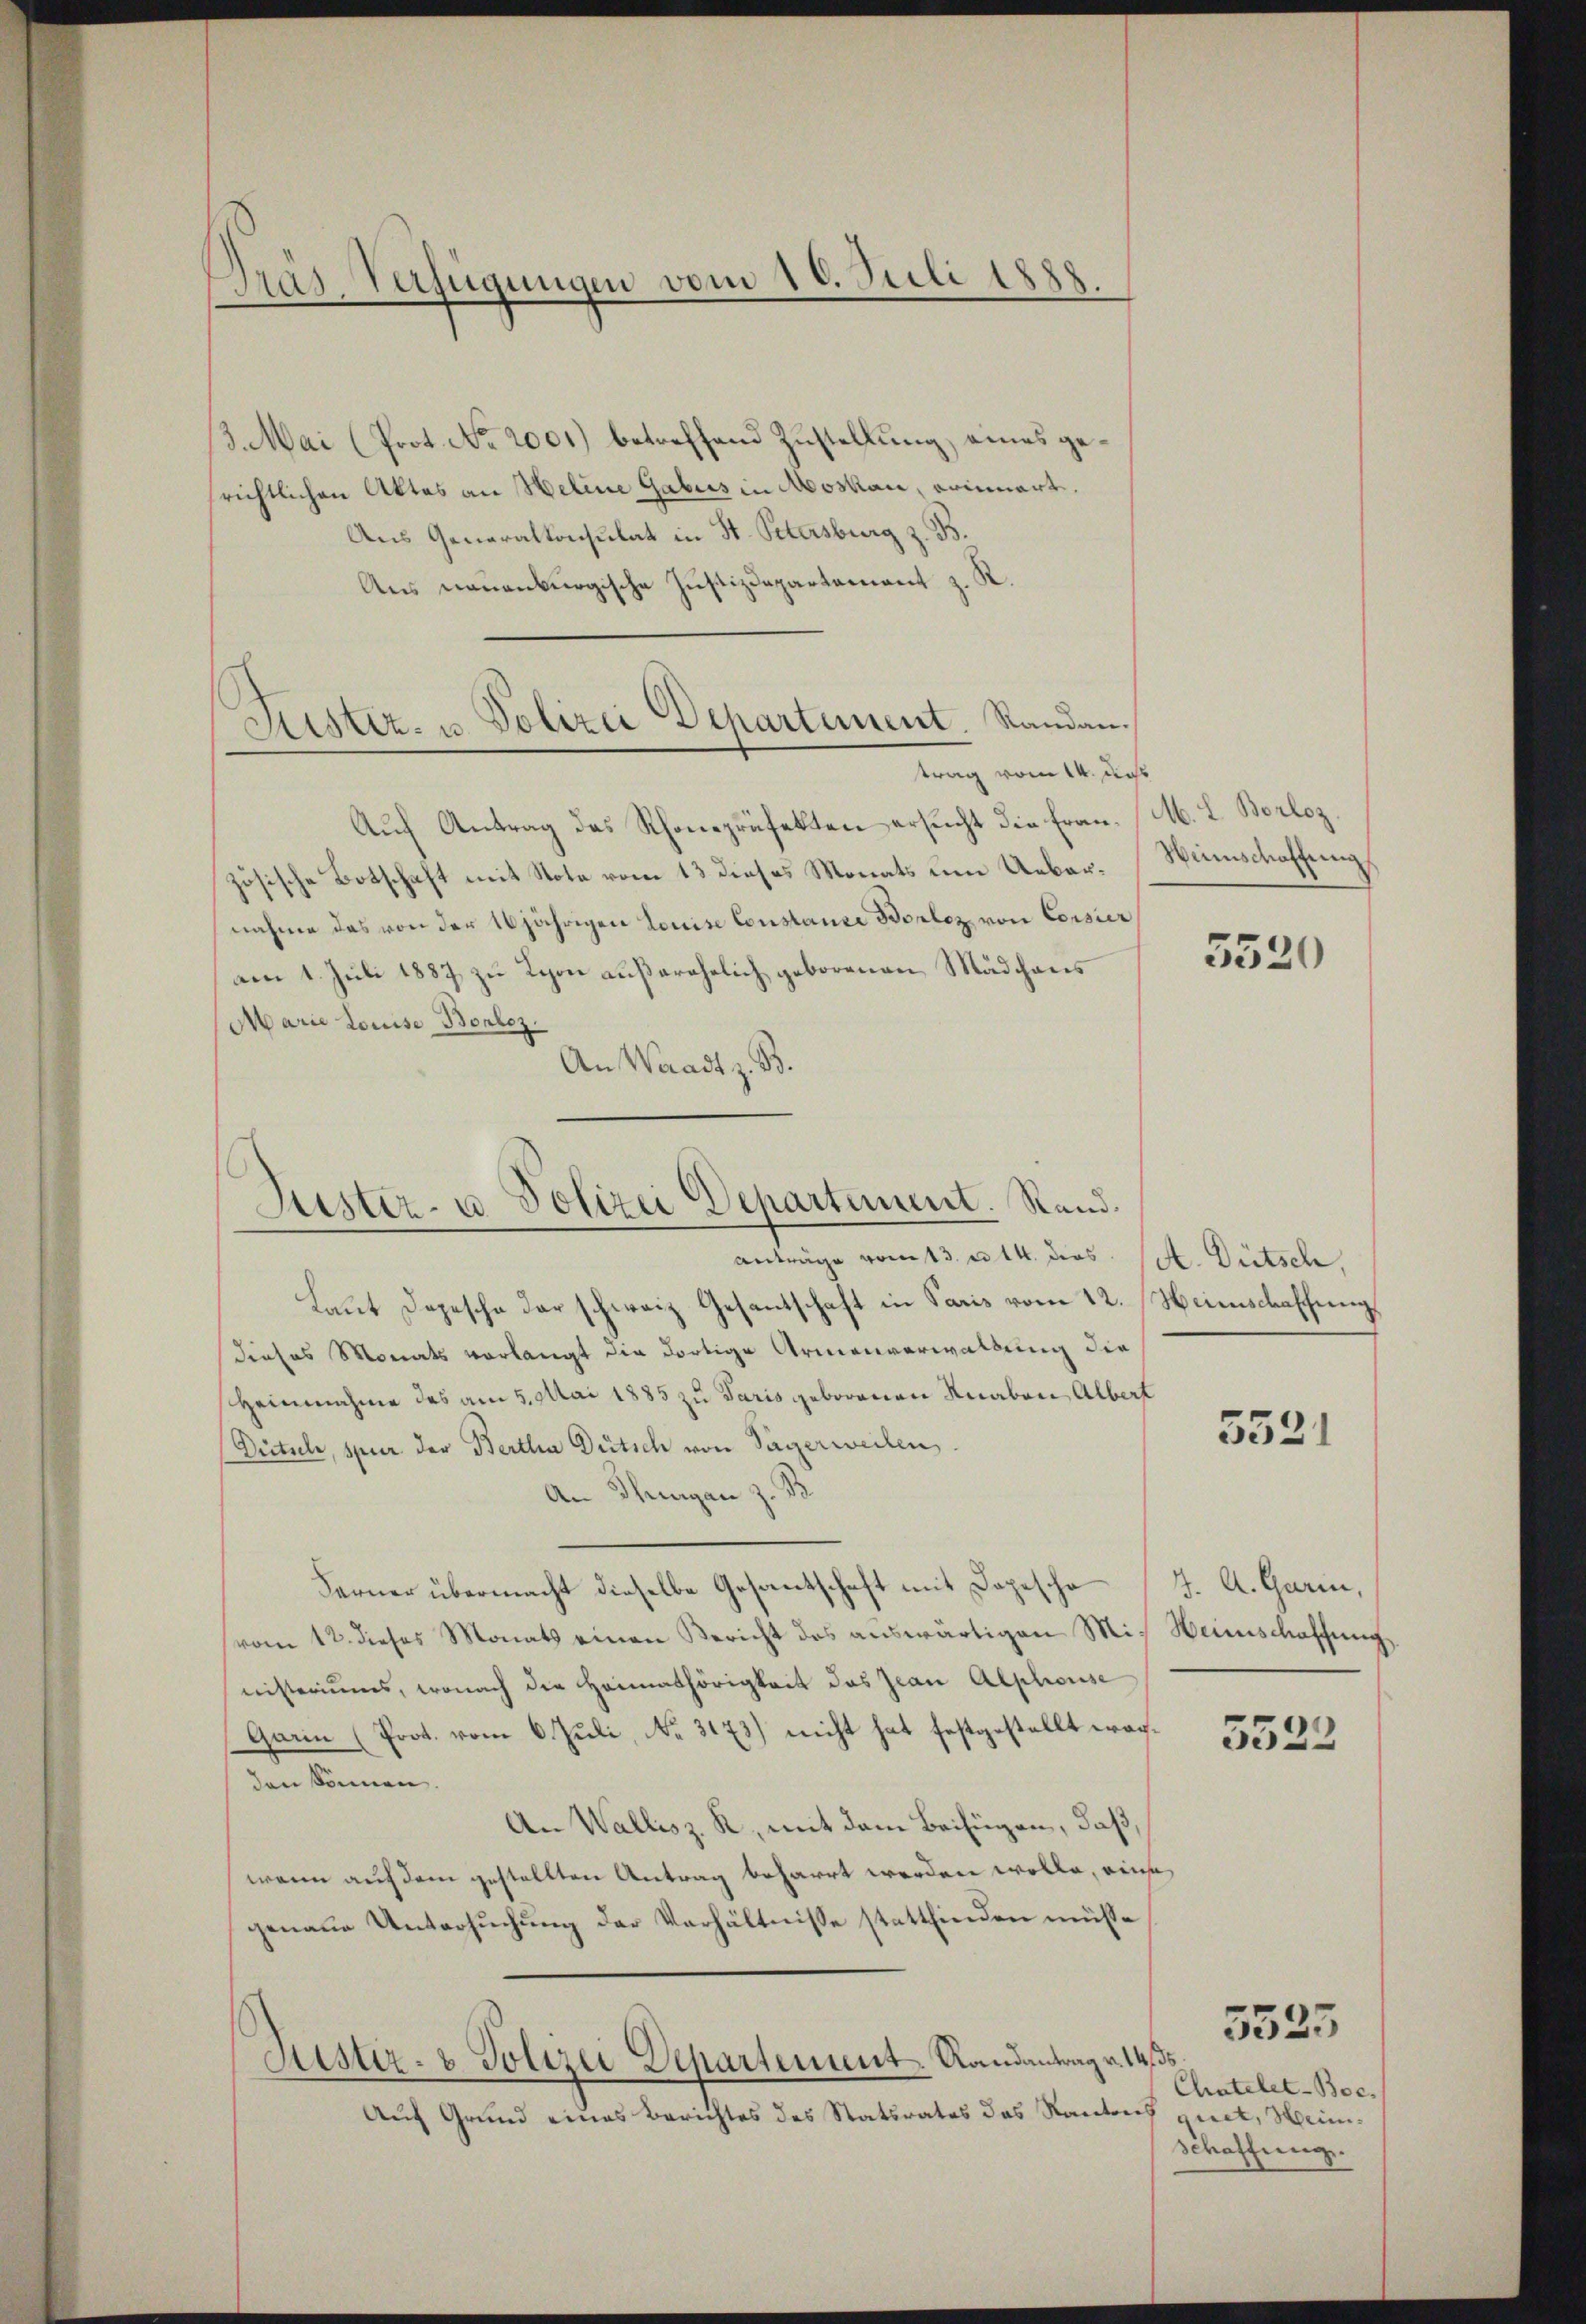
Pras-Verfügungen vom 16. Juli 1888.

13. Mai (Prot. No. 2001.) betreffend Zustellung, eines gesrichtlichen Aktes an Heline Gabus in Moskau, erinnert.
Aus Generalkonsulat in St. Petersburg z. B.
Aus neuenburgische Justizdepartement z. R.
trag vom 14. das
Auf Antrag des Rhonepräfekten ersucht die Französische Botschaft mit Note vom 13 dieses Monats um Uebernahme das von der 10jährigen Louise Constanze Borlez, von Corsier
am 1. Juli 1887 zu Lyon außerehelich geborenen Mädchens
Marie Louise Bonlez,
An Waadt z. B.

Justiz- u. Polizei Departement. Randau.

Suster- u Polizei Departement. Rand.
anträge vom 13. u. 14. dies st. Dütsch,

M. L. Borloz.
Winschaffung

Laut Dopesche der schweiz Gesantschaft in Paris vom 12. Heimschaffung
Dieses Monats vorlangt die dortige Armenverwaltung die
Heinnahme des am 5. Mai 1885 zu Paris geborenen Knaben, Albert
Diituli, spier der Bertha Dütsch von Sagerweilen.
An Thurgan z. B.
Ferner übermacht dieselbe Gesantschaft mit Depesche
vom 12. dieses Monats einen Bericht des auswärtigen Mit Weinschaffung
nisteriums, wonach die Heimathörigkeit das Jean Alphouse
Garin (Prot. vom 6. Juli, No. 3173) nicht hat festgestellt worden können.
An Wallisz. R., mit dem Beifügen, daß,
wenn auf dem gestellten Antrag beharrt werden wolle, eine
genaue Untersuchung der Verhältnisse stattfinden müsse
Justiz- & Polizei Departement. Landantrag v. 14. ds
Auf Grund eines Berichtes des Statsrates das Kantons quet, Hein¬

5520

5521

J. A. Garin,

5522

Chatelet-Boc.
schaffung.

5525